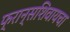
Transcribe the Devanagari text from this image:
फ्रान्सशिवायचा